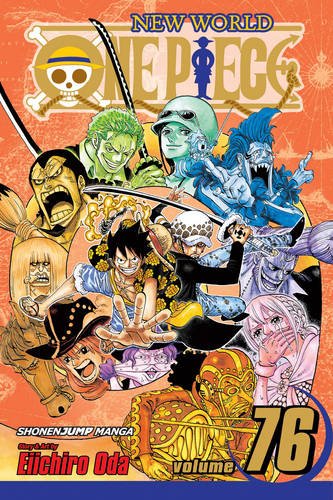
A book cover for One Piece, Vol. 76; Eiichiro Oda; Comics & Graphic Novels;